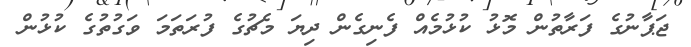
ޖަޕާނުގެ ފަރާތުން މޮޅު ކުޅުމެއް ފެނިގެން ދިޔަ މެޗުގެ ފުރަތަމަ ވަގުތުގެ ކުޅުން